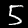
Label: 5